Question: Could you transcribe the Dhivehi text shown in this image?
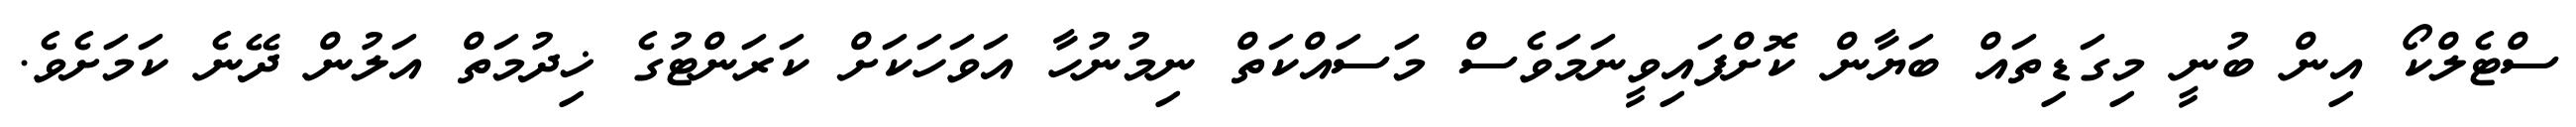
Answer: ސްޓެލްކޯ އިން ބުނީ މިގަޑިތައް ބަޔާން ކޮށްފައިވީނަމަވެސް މަސައްކަތް ނިމުނުހާ އަވަހަކަށް ކަރަންޓުގެ ޚިދުމަތް އަލުން ދޭނެ ކަމަށެވެ.